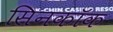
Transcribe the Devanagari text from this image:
सिनकॉक